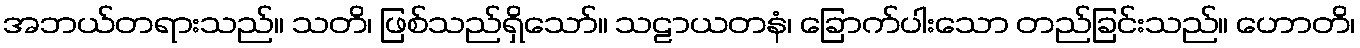
အဘယ်တရားသည်။ သတိ၊ ဖြစ်သည်ရှိသော်။ သဠာယတနံ၊ ခြောက်ပါးသော တည်ခြင်းသည်။ ဟောတိ၊